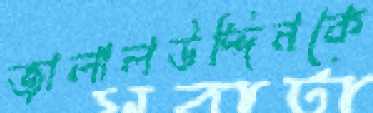
জালালউদ্দিনকে